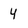
Character: 4